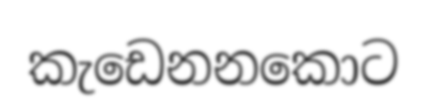
කැඩෙනනකොට